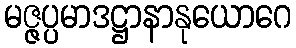
မဇ္ဇပ္ပမာဒဋ္ဌာနာနုယောဂေ